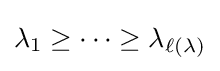
\lambda _{1}\geq \cdots \geq \lambda _{\ell (\lambda )}